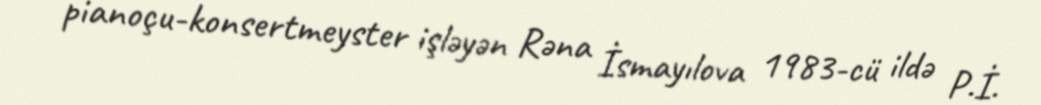
pianoçu-konsertmeyster işləyən Rəna İsmayılova 1983-cü ildə P.İ.